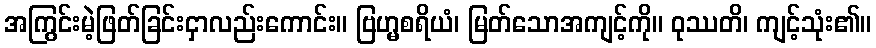
အကြွင်းမဲ့ဖြတ်ခြင်းငှာလည်းကောင်း။ ဗြဟ္မစရိယံ၊ မြတ်သောအကျင့်ကို။ ဝုဿတိ၊ ကျင့်သုံး၏။